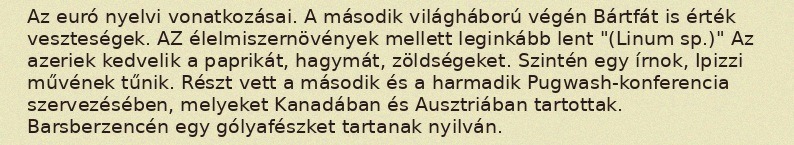
Az euró nyelvi vonatkozásai. A második világháború végén Bártfát is érték veszteségek. AZ élelmiszernövények mellett leginkább lent "(Linum sp.)" Az azeriek kedvelik a paprikát, hagymát, zöldségeket. Szintén egy írnok, Ipizzi művének tűnik. Részt vett a második és a harmadik Pugwash-konferencia szervezésében, melyeket Kanadában és Ausztriában tartottak. Barsberzencén egy gólyafészket tartanak nyilván.